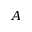
A